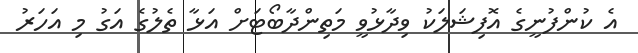
އެ ކުންފުނީގެ އޮފިޝަލަކު ވިދާޅުވީ މަތިންދާބޯޓަށް އަޅާ ތެލުގެ އަގު މި އަހަރު